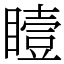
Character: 𪾼